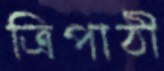
ত্রিপাঠী